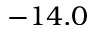
- 1 4 . 0